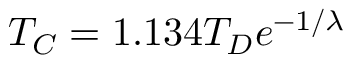
T _ { C } = 1 . 1 3 4 T _ { D } e ^ { - 1 / \lambda }